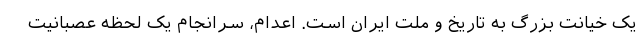
یک خیانت بزرگ به تاریخ و ملت ایران است. اعدام، سرانجام یک لحظه عصبانیت